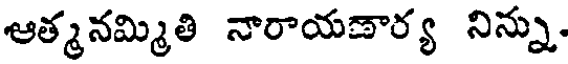
ఆత్మనమ్మితి నారాయణార్య నిన్ను.